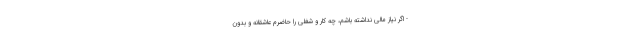
- اگر نیاز مالی نداشته باشم، چه کار و شغلی را حاضرم عاشقانه و بدون